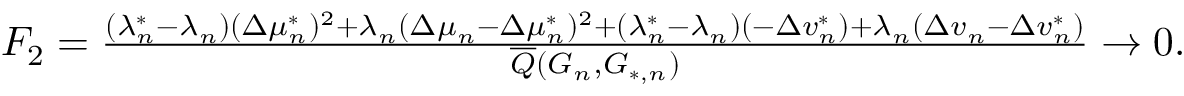
\begin{array} { r } { F _ { 2 } = \frac { ( \lambda _ { n } ^ { * } - \lambda _ { n } ) ( \Delta \mu _ { n } ^ { * } ) ^ { 2 } + \lambda _ { n } ( \Delta \mu _ { n } - \Delta \mu _ { n } ^ { * } ) ^ { 2 } + ( \lambda _ { n } ^ { * } - \lambda _ { n } ) ( - \Delta v _ { n } ^ { * } ) + \lambda _ { n } ( \Delta v _ { n } - \Delta v _ { n } ^ { * } ) } { \overline { { Q } } ( G _ { n } , G _ { * , n } ) } \to 0 . } \end{array}